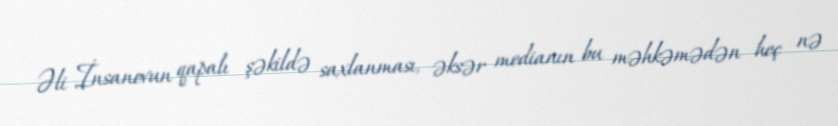
Əli İnsanovun qapalı şəkildə saxlanması, əksər medianın bu məhkəmədən heç nə